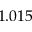
1 . 0 1 5